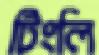
টিংলি